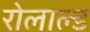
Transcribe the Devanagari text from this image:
रोलाल्ड